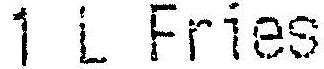
1 L FRIES